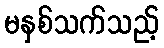
မနှစ်သက်သည့်